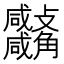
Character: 𧥚